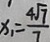
x _ { 1 } = \frac { 4 \sqrt { 7 } } { 7 }